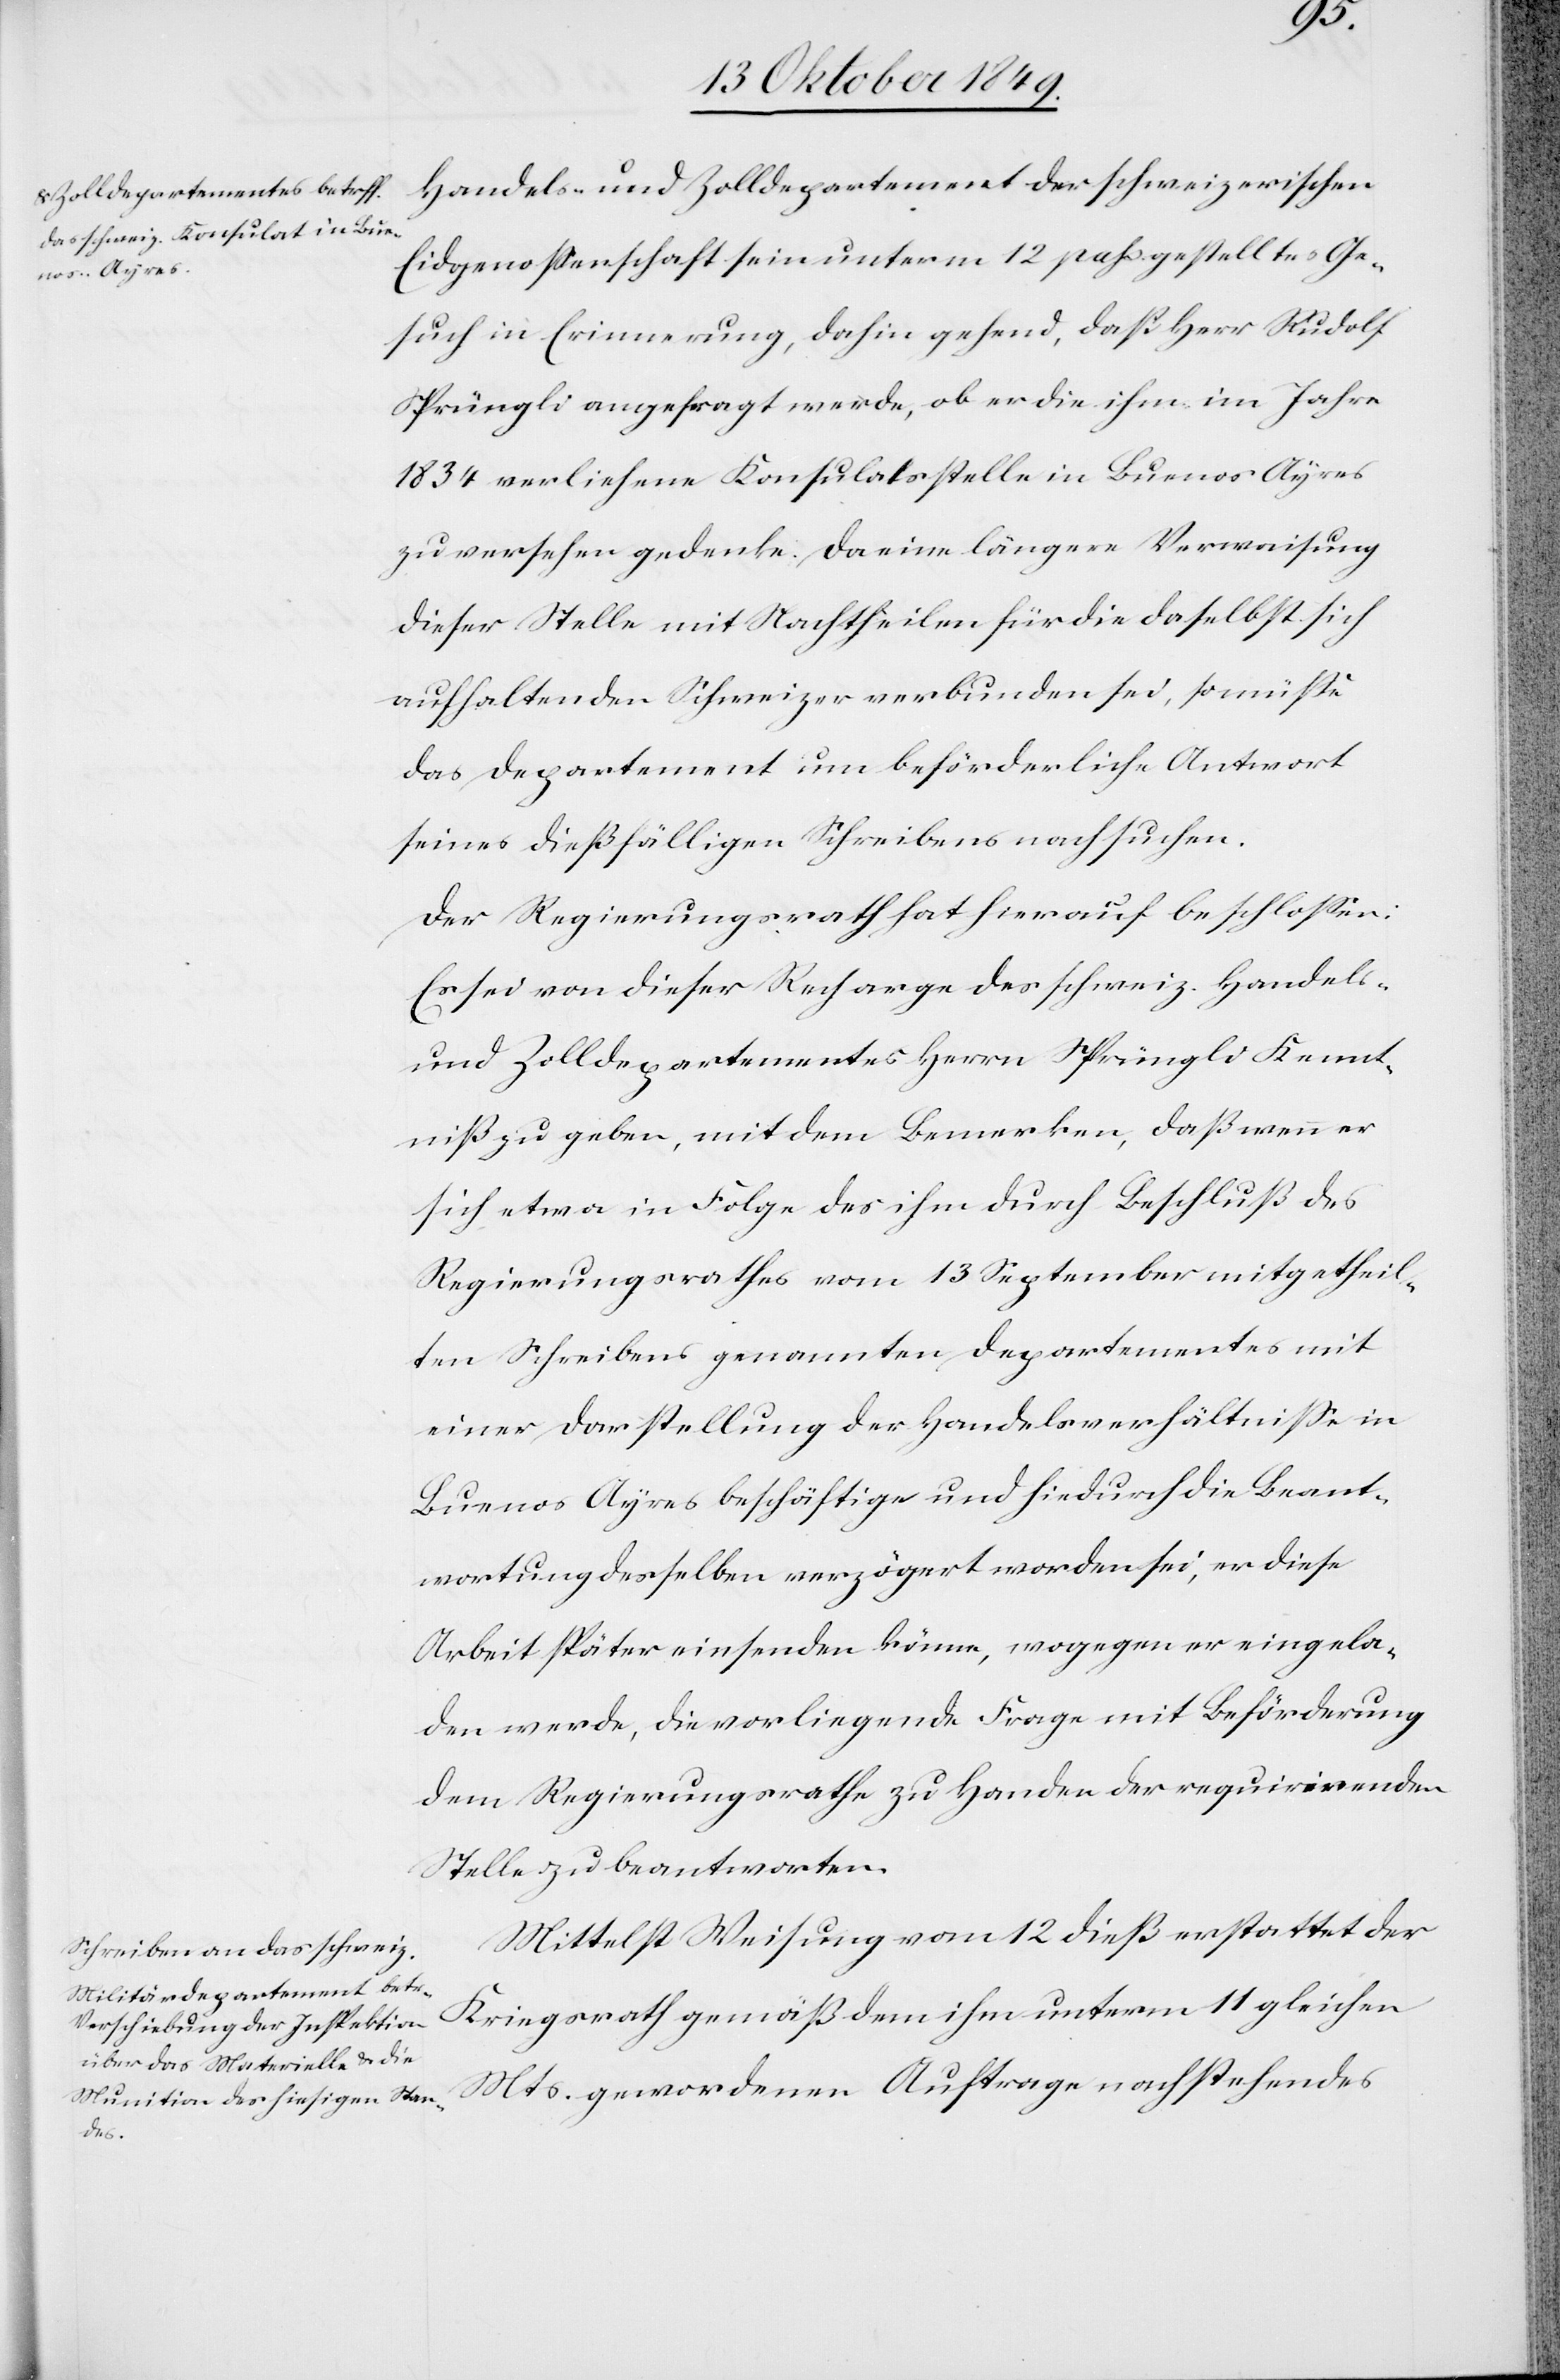
Handels- u. Zolldepartement der schweizerischen
Eidgenossenschaft sein unterm 12 pass. gestelltes Ge¬
such in Erinnerung, dahin gehend, daß Herr Rudolf
Sprüngli angefragt werde, ob er die ihm im Jahre
1834 verliehene Konsulatsstelle in Buenos Ayres
zu versehen gedenke. Da eine längere Verwaisung
dieser Stelle mit Nachtheilen für die daselbst sich
aufhaltenden Schweizer verbunden sei, so müße
das Departement um beförderliche Antwort
seines dießfälligen Schreibens nachsuchen.
Der Regierungsrath hat hierauf beschloßen:
Es sei von dieser Recharge des schweiz. Handels-
u. Zolldepartementes Herrn Sprüngli Kennt¬
niß zu geben, mit dem Bemerken, daß wenn er
sich etwa in Folge des ihm durch Beschluß des
Regierungsrathes vom 13 September mitgetheil¬
ten Schreibens genannten Departementes mit
einer Darstellung der Handelsverhältniße in
Buenos Ayres beschäftige und hiedurch die Beant¬
wortung desselben verzögert worden sei, er diese
Arbeit später einsenden könne, wogegen er eingela¬
den werde, die vorliegende Frage mit Beförderung
dem Regierungsrathe zu Handen der requirirenden
Stelle zu beantworten.
Mittelst Weisung vom 12 dieß erstattet der
Kriegsrath gemäß dem ihm unterm 11 gleichen
Mts. gewordenen Auftrage nachstehendes